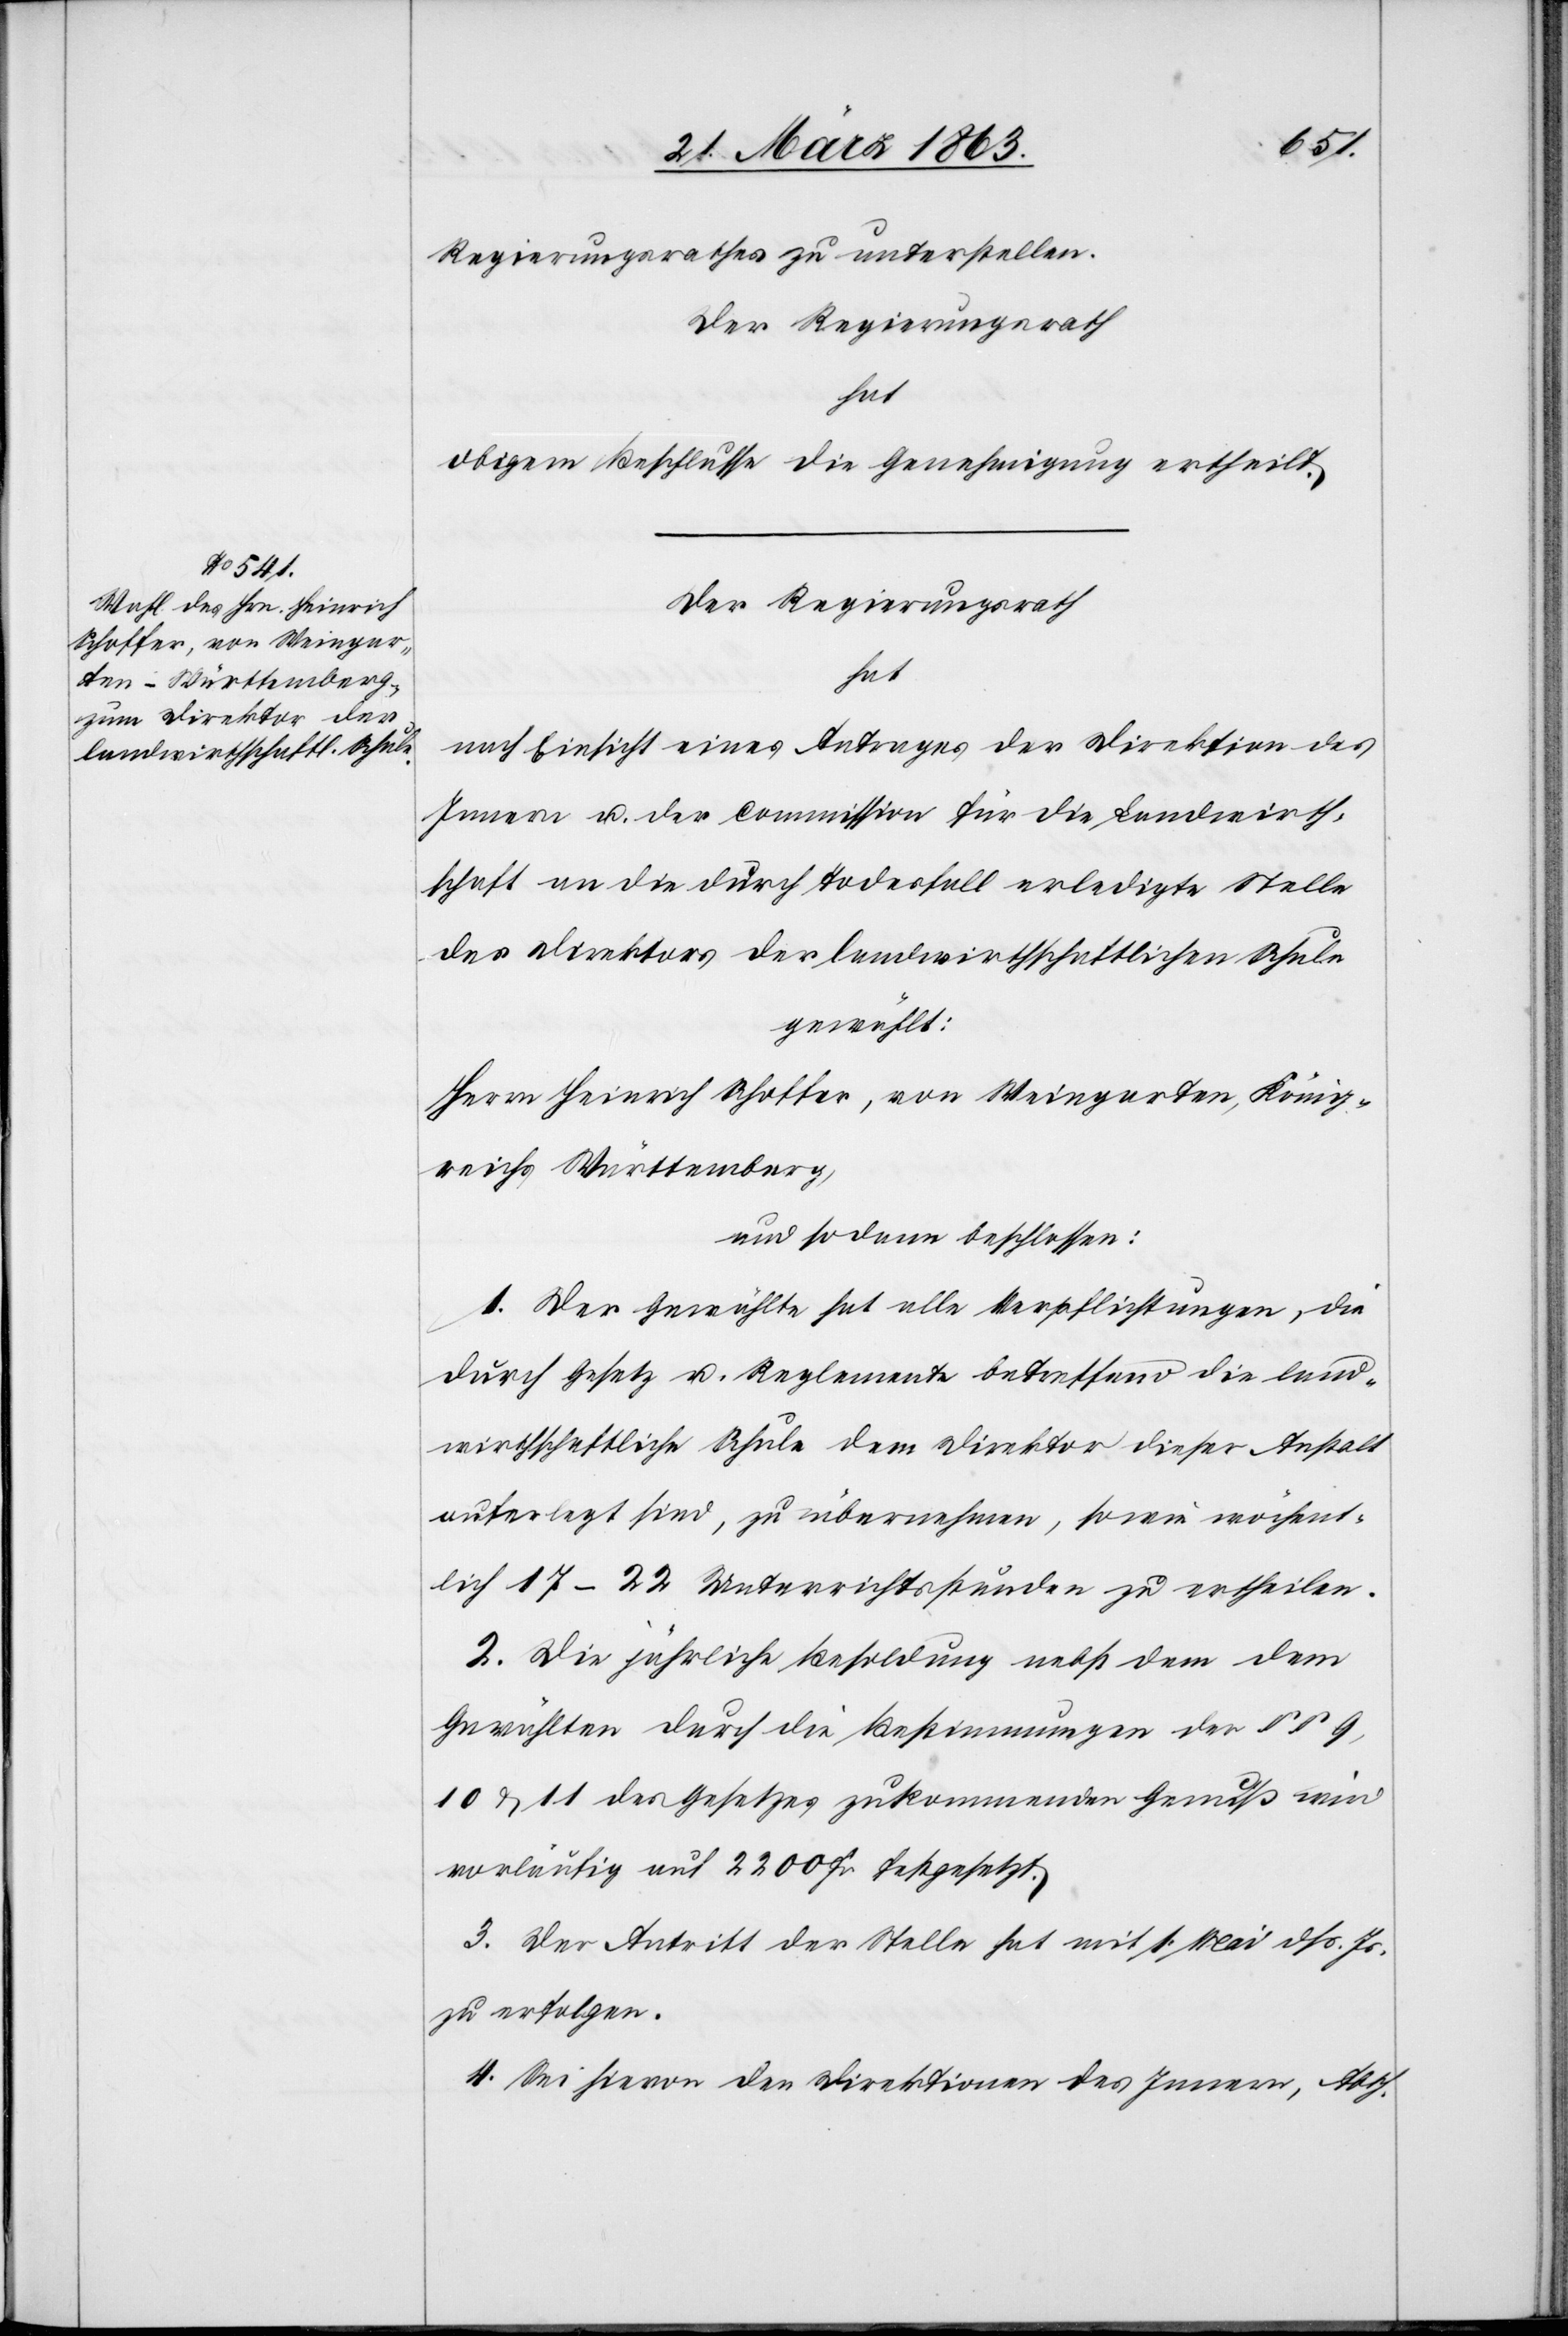
Regierungsrathes zu unterstellen.
Der Regierungsrath
hat
obigem Beschlusse die Genehmigung ertheilt.
Der Regierungsrath
hat
nach Einsicht eines Antrages der Direktion des
Innern u. der Commission für die Landwirth¬
schaft an die durch Todesfall erledigte Stelle
des Direktors der landwirthschaftlichen Schule
gewählt:
Herrn Heinrich Schoffer, von Weingarten, König¬
reichs Württemberg,
und sodann beschlossen:
1. Der Gewählte hat alle Verpflichtungen, die
durch Gesetz u. Reglemente betreffend die land¬
wirthschaftliche Schule dem Direktor dieser Anstalt
auferlegt sind, zu übernehmen, sowie wöchent¬
lich 17–22 Unterrichtsstunden zu ertheilen.
2. Die jährliche Besoldung nebst dem dem
Gewählten durch die Bestimmungen der §§ 9,
10 & 11 des Gesetzes zukommenden Genuß wird
vorläufig auf 2200 Fr festgesetzt.
3. Der Antritt der Stelle hat mit 1. Mai dß. Js.
zu erfolgen.
4. Sei hievon den Direktionen des Innern, Abth.